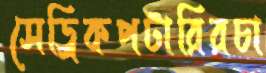
সেড্রিকপটারিরচা